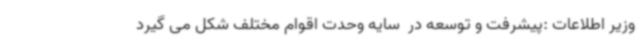
وزیر اطلاعات :پیشرفت و توسعه در  سایه وحدت اقوام مختلف شکل می گیرد